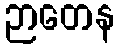
ဉာတေန